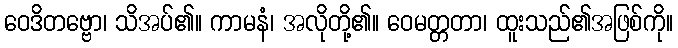
ဝေဒိတဗ္ဗော၊ သိအပ်၏။ ကာမနံ၊ အလိုတို့၏။ ဝေမတ္တတာ၊ ထူးသည်၏အဖြစ်ကို။